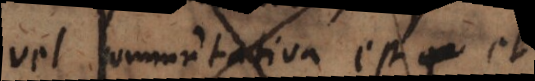
vel commutativa est et